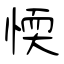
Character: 愞